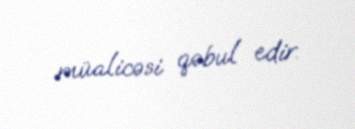
müalicəsi qəbul edir.